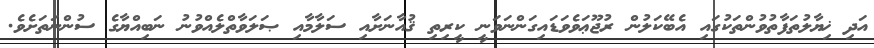
އަދި ޚިޔާލުތަފާތުވުންތަކުގައި އެބޭކަލުން ރުޖޫޢަވެވަޑައިގަންނަވަނީ ކީރިތި ޤުއާނަށާއި ސަލާމާއި ޞަލަވާތްލެއްވުނު ނަބިއްޔާގެ ސުންނަތަށެވެ.